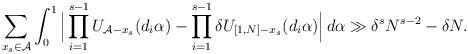
LaTeX: \begin{align*} \sum_{x_s \in \mathcal{A}} \int_0^1 \Big|\prod_{i=1}^{s-1} U_{\mathcal{A}-x_s}(d_i \alpha) - \prod_{i=1}^{s-1} \delta U_{[1,N]-x_s}(d_i \alpha)\Big|\,d \alpha \gg \delta^{s} N^{s-2} - \delta N.\end{align*}